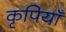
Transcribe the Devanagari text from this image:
कृपियाँ